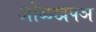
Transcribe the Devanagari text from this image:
ओळखपञ